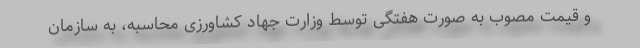
و قیمت مصوب به صورت هفتگی توسط وزارت جهاد کشاورزی محاسبه، به سازمان